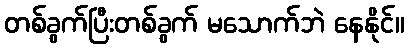
တစ်ခွက်ပြီးတစ်ခွက် မသောက်ဘဲ နေနိုင်။